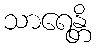
သာရေန္တိ